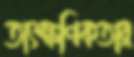
তাৎক্ষণিকতার